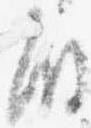
殿